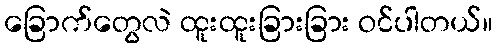
ခြောက်တွေလဲ ထူးထူးခြားခြား ဝင်ပါတယ်။